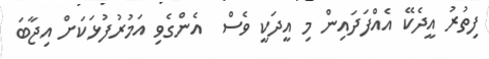
ފިތުރު އީދެކޭ އެއްފަދައިން މި އީދަކީ ވެސް  އެންގެވި އަމުރުފުޅަކަށް އިޖާބަ